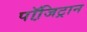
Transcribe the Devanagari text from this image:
पॉजि़ट्रान